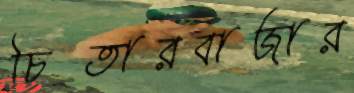
চিতারবাজার